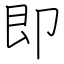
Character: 即